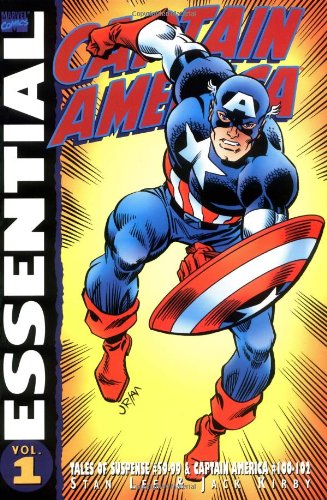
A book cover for Essential Captain America, Vol. 1 (Marvel Essentials) (v. 1); Stan Lee; Comics & Graphic Novels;